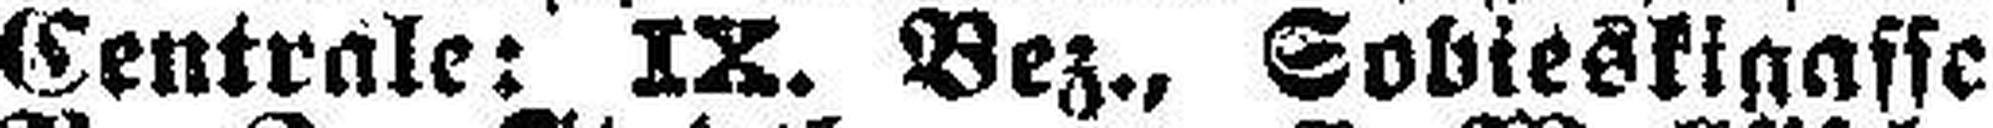
Centrale: IX. Bez., Sobieskigasse